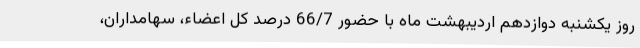
روز یکشنبه دوازدهم اردیبهشت ماه با حضور 66/7 درصد کل اعضاء، سهامداران،